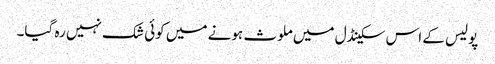
پولیس کے اس سکینڈل میں ملوث ہونے میں کوئی شک نہیں رہ گیا۔